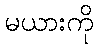
မယားကို